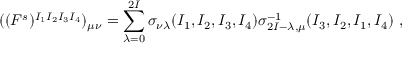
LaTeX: ( ( F ^ { s } ) ^ { I _ { 1 } I _ { 2 } I _ { 3 } I _ { 4 } } ) _ { \mu \nu } = \sum _ { \lambda = 0 } ^ { 2 I } \sigma _ { \nu \lambda } ( I _ { 1 } , I _ { 2 } , I _ { 3 } , I _ { 4 } ) \sigma _ { 2 I - \lambda , \mu } ^ { - 1 } ( I _ { 3 } , I _ { 2 } , I _ { 1 } , I _ { 4 } ) \ ,